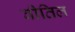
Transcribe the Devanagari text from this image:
वीतिल